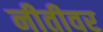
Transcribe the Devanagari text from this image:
नीतीवर